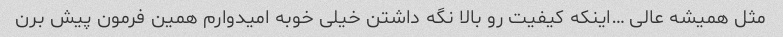
مثل همیشه عالی …اینکه کیفیت رو بالا نگه داشتن خیلی خوبه امیدوارم همین فرمون پیش برن